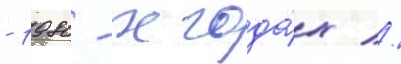
- 1980-х года́х //